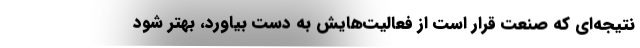
نتیجه‌‌ای که صنعت قرار است از فعالیت‌هایش به دست بیاورد، بهتر شود